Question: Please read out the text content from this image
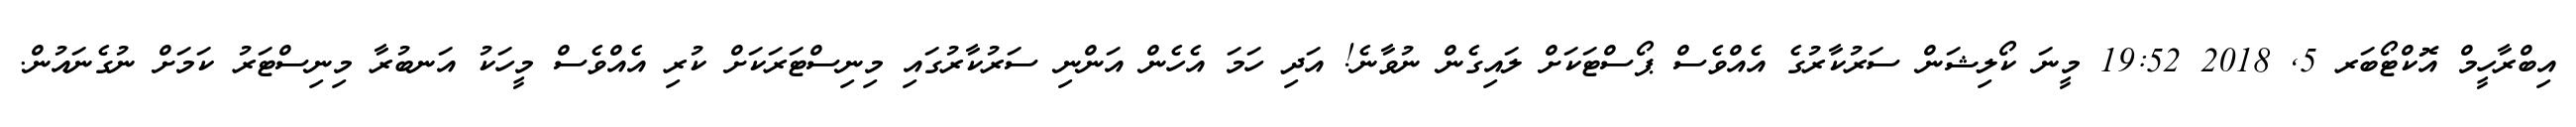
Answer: އިބްރާހީމް އޮކްޓޯބަރ 5, 2018 19:52 މީނަ ކޯލިޝަން ސަރުކާރުގެ އެއްވެސް ޕޯސްޓަކަށް ލައިގެން ނުވާނެ! އަދި ހަމަ އެހެން އަންނި ސަރުކާރުގައި މިނިސްޓަރަކަށް ކުރި އެއްވެސް މީހަކު އަނބުރާ މިނިސްޓަރު ކަމަށް ނުގެނައުން.